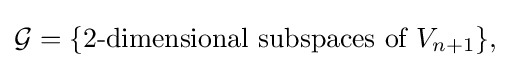
{\mathcal {G}}=\{{\text{2-dimensional subspaces of }}V_{n+1}\},\